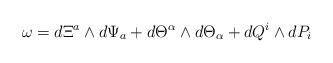
LaTeX: \begin{align*}\omega=d\Xi^{a}\wedge d\Psi_{a}+d\Theta^{\alpha}\wedge d\Theta_{\alpha}+dQ^{i}\wedge d P_{i}\end{align*}